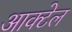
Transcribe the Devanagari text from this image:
आक्टेल